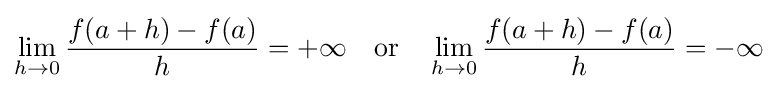
\lim _{h\to 0}{\frac {f(a+h)-f(a)}{h}}={+\infty }\quad {\text{or}}\quad \lim _{h\to 0}{\frac {f(a+h)-f(a)}{h}}={-\infty }